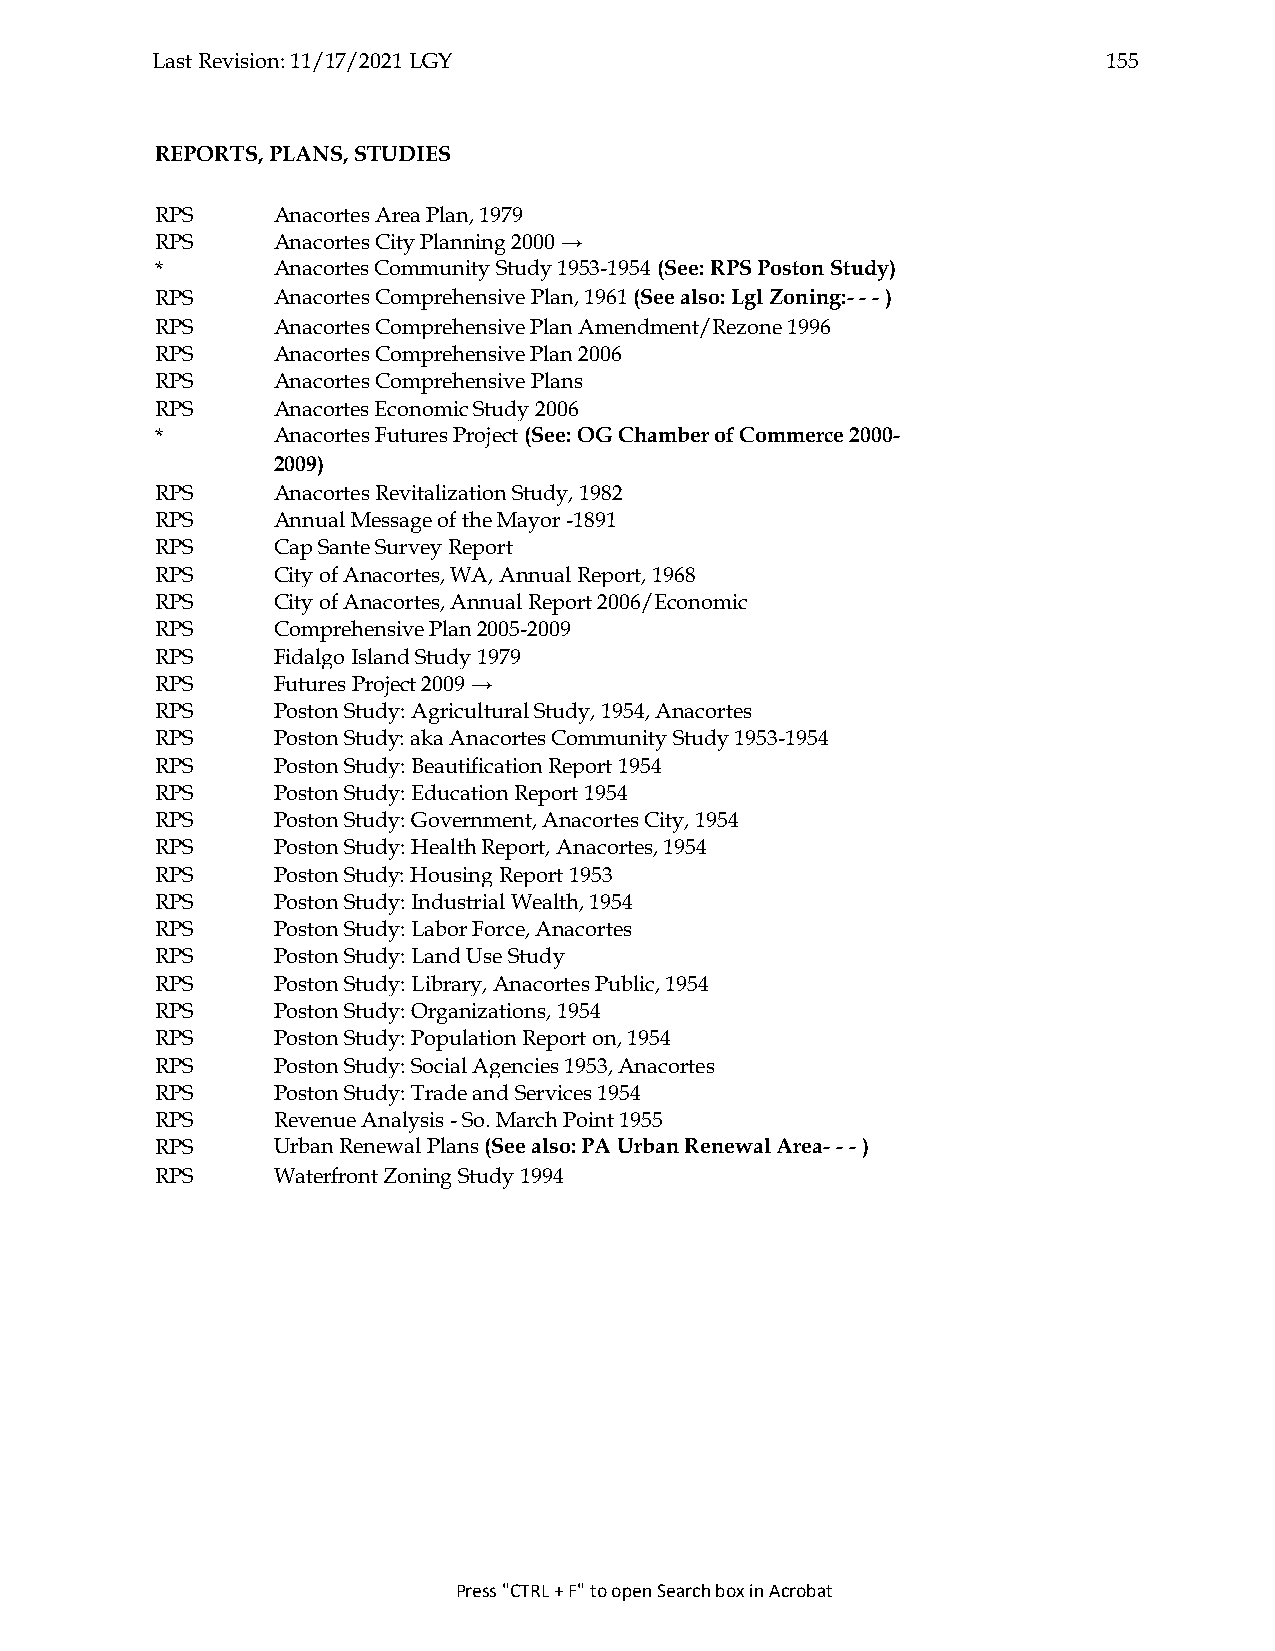
Last Revision: 11/17/2021 LGY                                  155
 REPORTS, PLANS, STUDIES
 RPS     Anacortes Area Plan, 1979
 RPS     Anacortes City Planning 2000 →
 *       Anacortes Community Study 1953-1954 (See: RPS Poston Study)
 RPS     Anacortes Comprehensive Plan, 1961 (See also: Lgl Zoning:- - - )
 RPS     Anacortes Comprehensive Plan Amendment/Rezone 1996
 RPS     Anacortes Comprehensive Plan 2006
 RPS     Anacortes Comprehensive Plans
 RPS     Anacortes Economic Study 2006
 *       Anacortes Futures Project (See: OG Chamber of Commerce 2000-
 2009)
 RPS     Anacortes Revitalization Study, 1982
 RPS     Annual Message of the Mayor -1891
 RPS     Cap Sante Survey Report
 RPS     City of Anacortes, WA, Annual Report, 1968
 RPS     City of Anacortes, Annual Report 2006/Economic
 RPS     Comprehensive Plan 2005-2009
 RPS     Fidalgo Island Study 1979
 RPS     Futures Project 2009 →
 RPS     Poston Study: Agricultural Study, 1954, Anacortes
 RPS     Poston Study: aka Anacortes Community Study 1953-1954
 RPS     Poston Study: Beautification Report 1954
 RPS     Poston Study: Education Report 1954
 RPS     Poston Study: Government, Anacortes City, 1954
 RPS     Poston Study: Health Report, Anacortes, 1954
 RPS     Poston Study: Housing Report 1953
 RPS     Poston Study: Industrial Wealth, 1954
 RPS     Poston Study: Labor Force, Anacortes
 RPS     Poston Study: Land Use Study
 RPS     Poston Study: Library, Anacortes Public, 1954
 RPS     Poston Study: Organizations, 1954
 RPS     Poston Study: Population Report on, 1954
 RPS     Poston Study: Social Agencies 1953, Anacortes
 RPS     Poston Study: Trade and Services 1954
 RPS     Revenue Analysis - So. March Point 1955
 RPS     Urban Renewal Plans (See also: PA Urban Renewal Area- - - )
 RPS     Waterfront Zoning Study 1994
 Press "CTRL + F" to open Search box in Acrobat